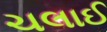
ચલાઈ